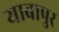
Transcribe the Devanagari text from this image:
याबापुर